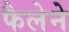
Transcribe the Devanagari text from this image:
फैलेने